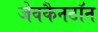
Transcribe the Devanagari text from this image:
जेवकैनटॉन